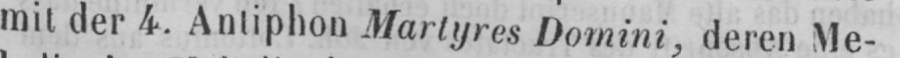
mit der 4. Antiphon Martyres Domini, deren Me-